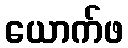
ယောက်ဖ